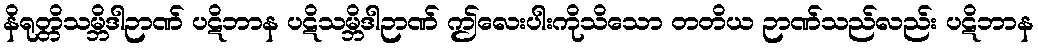
နိရုတ္တိသမ္ဘိဒါဉာဏ် ပဋိဘာန ပဋိသမ္ဘိဒါဉာဏ် ဤလေးပါးကိုသိသော တတိယ ဉာဏ်သည်လည်း ပဋိဘာန